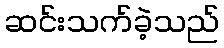
ဆင်းသက်ခဲ့သည်